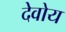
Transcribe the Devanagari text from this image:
देवोय